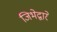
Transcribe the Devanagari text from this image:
जिभेद्वारे